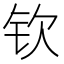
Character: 钦